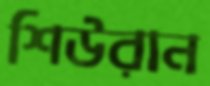
শিউরান